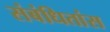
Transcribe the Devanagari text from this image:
संबंधितांस